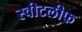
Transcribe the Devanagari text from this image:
स्वीटलीफ